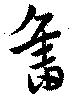
旧